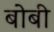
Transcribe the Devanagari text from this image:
बोबी